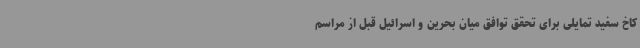
کاخ سفید تمایلی برای تحقق توافق میان بحرین و اسرائیل قبل از مراسم